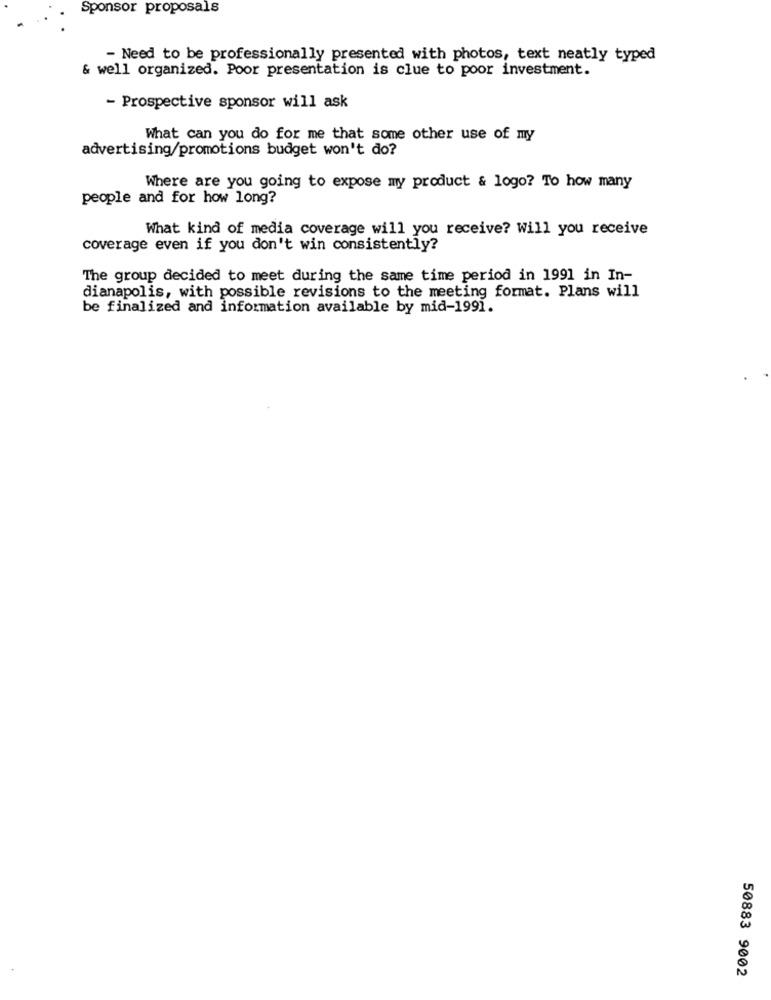
Sponsor proposals
- Need to be professionally presented with photos, text neatly typed
& well organized. Poor presentation is clue to poor investment.
- Prospective sponsor will ask
What can you do for me that some other use of my
advertising/promotions budget won't do?
Where are you going to expose my product & logo? To how many
people and for how long?
What kind of media coverage will you receive? Will you receive
coverage even if you don't win consistently?
The group decided to meet during the same time period in 1991 in In-
dianapolis, with possible revisions to the meeting format. Plans will
be finalized and information available by mid-1991.
50883 9002